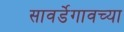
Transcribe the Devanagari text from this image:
सावर्डेगावच्या